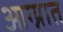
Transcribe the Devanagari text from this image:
आग्न्यात